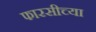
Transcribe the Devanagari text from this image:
फारसीच्या